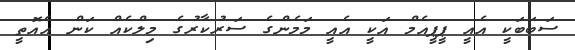
ސަބަބަކީ އެއީ ޕީޕީއެމް އަކީ އެއީ މަމެންގެ ސަރުކާރުގެ މިލްކެއް ކަން އެއޮތީ